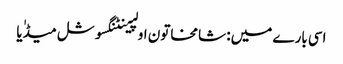
اسی بارے میں: شامخاتون اولپینٹنگسوشل میڈٰیا